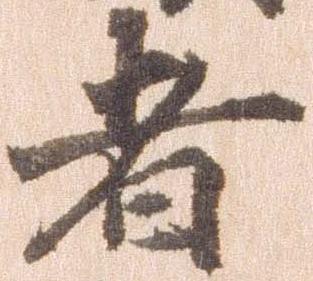
者